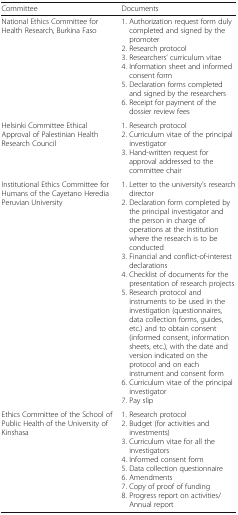
| Committee | Documents |
 | --- | --- |
 | National Ethics Committee for Health Research, Burkina Faso | 1. Authorization request form duly completed and signed by the promoter2. Research protocol3. Researchers’ curriculum vitae4. Information sheet and informed consent form5. Declaration forms completed and signed by the researchers6. Receipt for payment of the dossier review fees |
 | Helsinki Committee Ethical Approval of Palestinian Health Research Council | 1. Research protocol2. Curriculum vitae of the principal investigator3. Hand-written request for approval addressed to the committee chair |
 | Institutional Ethics Committee for Humans of the Cayetano Heredia Peruvian University | 1. Letter to the university’s research director2. Declaration form completed by the principal investigator and the person in charge of operations at the institution where the research is to be conducted3. Financial and conflict-of-interest declarations4. Checklist of documents for the presentation of research projects5. Research protocol and instruments to be used in the investigation (questionnaires, data collection forms, guides, etc.) and to obtain consent (informed consent, information sheets, etc.), with the date and version indicated on the protocol and on each instrument and consent form6. Curriculum vitae of the principal investigator7. Pay slip |
 | Ethics Committee of the School of Public Health of the University of Kinshasa | 1. Research protocol2. Budget (for activities and investments)3. Curriculum vitae for all the investigators4. Informed consent form5. Data collection questionnaire6. Amendments7. Copy of proof of funding8. Progress report on activities/Annual report |